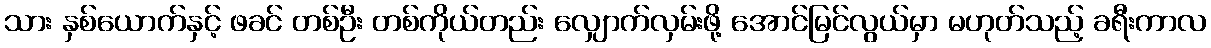
သား နှစ်ယောက်နှင့် ဖခင် တစ်ဦး တစ်ကိုယ်တည်း လျှောက်လှမ်းဖို့ အောင်မြင်လွယ်မှာ မဟုတ်သည့် ခရီးကာလ